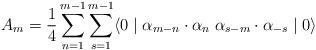
LaTeX: \begin{align*}A_m = \frac {1} {4} \sum\limits_{n=1}^{m-1} \sum\limits_{s=1}^{m-1}\langle 0 \mid {\alpha}_{m-n} \cdot {\alpha}_n \; {\alpha}_{s-m}\cdot {\alpha}_{-s} \mid 0 \rangle\end{align*}